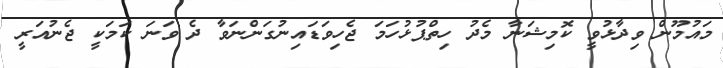
މައުމޫން ވިދާޅުވީ ކޮމިޝަނާ މެދު ހިތްޕުޅުހަމަ ޖެހިވަޑައިނުގަންނަވާ ދެ ވަނަ ކަމަކީ ޖެނުއަރީ